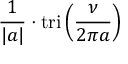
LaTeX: { \frac { 1 } { | a | } } \cdot \operatorname { t r i } \left( { \frac { \nu } { 2 \pi a } } \right)